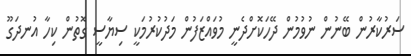
ސަރުކާރުން ބޭނުން ނުވުމުން ދޭހަކޮށްދެނީ މުވައްޒަފުން މަދުކުރުމަކީ ސިޔާސީ ގޮތުން ކިހާ އުނދަގޫ